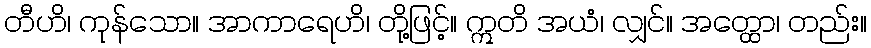
တီဟိ၊ ကုန်သော။ အာကာရေဟိ၊ တို့ဖြင့်။ ဣတိ အယံ၊ လျှင်။ အတ္ထော၊ တည်း။